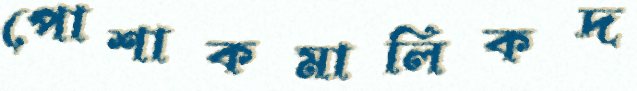
পোশাকমালিকদ